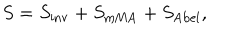
LaTeX: S = S _ { \mathrm { i n v } } + S _ { \mathrm { m M A } } + S _ { \mathrm { A b e l } } ,